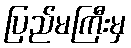
ပြည်မကြီးမှ